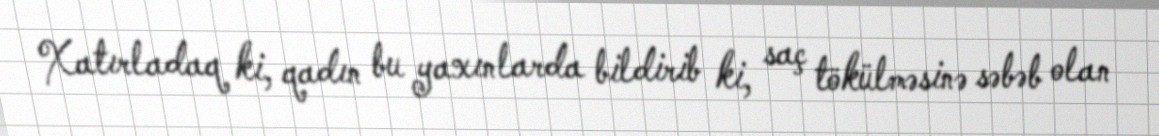
Xatırladaq ki, qadın bu yaxınlarda bildirib ki, saç tökülməsinə səbəb olan